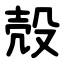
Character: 殻